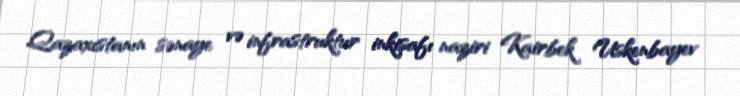
Qazaxıstanın sənaye və infrastruktur inkişafı naziri Kairbek Uskenbayev